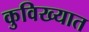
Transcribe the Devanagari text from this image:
कुविख्यात